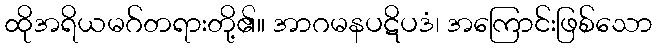
ထိုအရိယမဂ်တရားတို့၏။ အာဂမနပဋိပဒံ၊ အကြောင်းဖြစ်သော